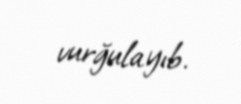
vurğulayıb.